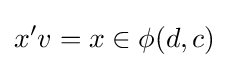
x'v=x\in \phi (d,c)